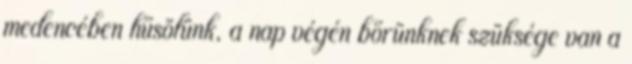
medencében hűsölünk, a nap végén bőrünknek szüksége van a